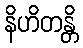
နိဟိတန္တိ